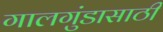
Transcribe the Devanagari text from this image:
गालगुंडासाठी